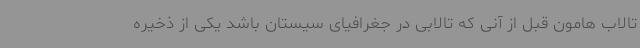
تالاب هامون قبل از آنی که تالابی در جغرافیای سیستان باشد یکی از ذخیره